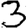
Digit: 3